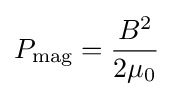
P_{\text{mag}}={\frac {B^{2}}{2\mu _{0}}}